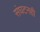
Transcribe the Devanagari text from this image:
संघटनही